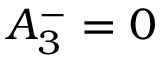
A _ { 3 } ^ { - } = 0